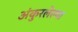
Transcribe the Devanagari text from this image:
अंकुरलेल्या